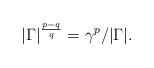
LaTeX: \begin{align*}|\Gamma|^\frac{p-q}{q}=\gamma^p/|\Gamma|.\end{align*}